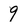
Character: 9